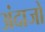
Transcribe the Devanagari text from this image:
अंदाजों